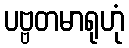
ပဗ္ဗတမာရုဟုံ